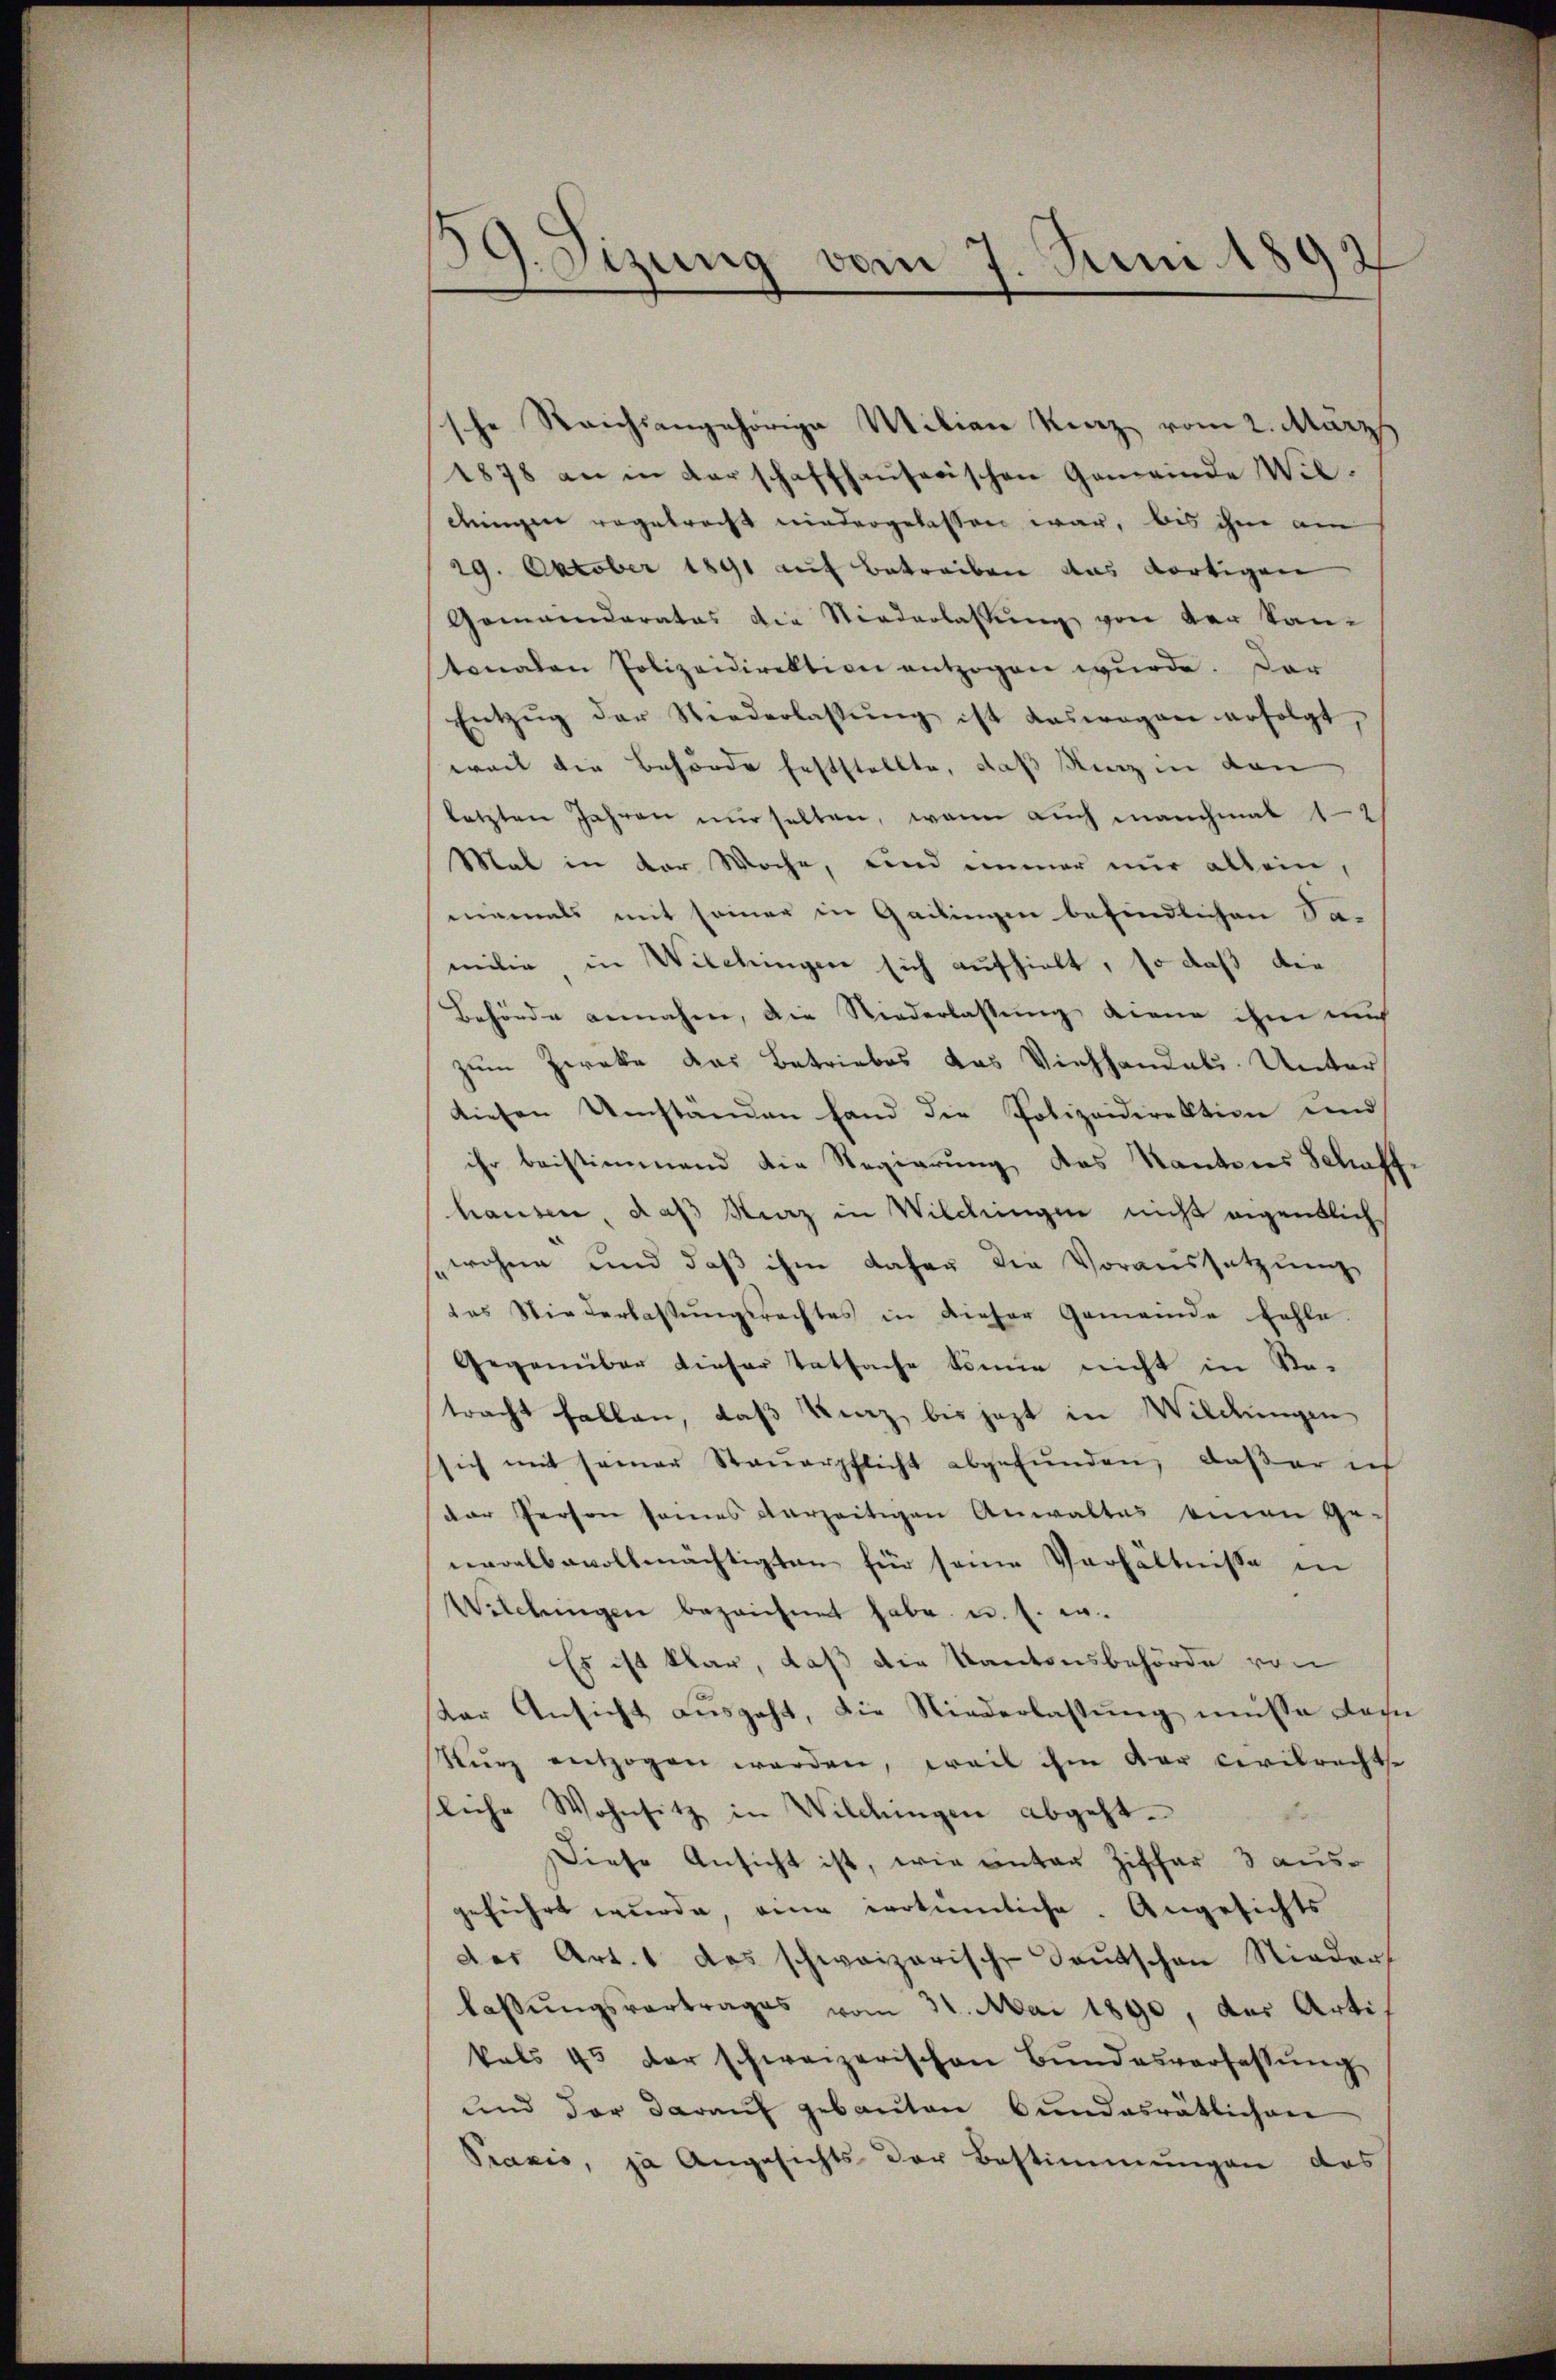
39. Sizung vom 7. Juni 1892

sche Reichsangehörige Milian Kurz vom 2. März
1878 an in darschaffhaŭserischen Gemeinde Wildengen vogetracht niedergelassen war, bis ihm am
29. October 1891 auf betreiben das dortigen
Gomainderates die Niederlassung von der kan
stonalen Polizeidirektion entzogen wurde. Dar
Entzŭg der Niederlassŭng ist daswagen erfolgt,
weil die Behörde feststellte, daß Kunz in den
letzten Jahren nur selten, wenn auch manchmal 1
Mal in der Woche, und immer nur allein,
niemals mit seiner in Gailingen befindlichen Sa-
milie in Wilchingen sich aufhielt, so daß die
Behörde annahme, die Niederlassung diene ihm auch
zum Zwecke das Betriebes das Viehhandels. Unter
diesen Umständen fand die Polizeidirektion und
ihr beistimmend die Regierung des Kantons Schaffhausen, daß Kunz in Wildungen nicht eigentlich
wohne und daß ihm daher die Voraussetzung
das Niederlassungsrechtes in dieser Gemeinde fehle.
Gegenüber dieser Tatsache könne nicht in Se-
tracht fallen, daß kurz bis jezt in Wildungen
sich mit seiner Steŭerpflicht abgefŭnden, daßer ich
der Person seines verzeitigen Anwaltes einen Ge-
neralbevollmächtigten für seine Verhältnisse in
Wilchingen bezeichnet habe u. s. w.
Es ist klar, daß die Kantonsbehörde von
dar Ansicht ausgeht, die Niederlassung müsse Nachn
Sturz entzogen werden, weil ihm der Civilrechte
liche Wohnsitz in Wildungen abgeht.
Diese Ansicht ist, wie unter Ziffer 3 ausgeführt wŭrde, eine irrtümliche. Angesichts
der Art. 1 das schweizerische-Baŭtschen Niedert
lassungsvertrages vom 31. Mai 1890, der Artikals 45 der schweizerischen Bŭndesverfassŭng
und der daraŭf gebauten Bundesrätlichenr
Praxis, ja Angesichts der Bestimmungen das